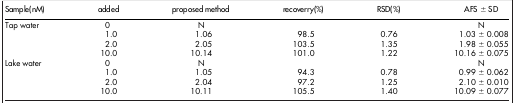
<table><thead><tr><td><b>Sample(nM)</b></td><td><b>added</b></td><td><b>proposed method</b></td><td><b>recoverry(%)</b></td><td><b>RSD(%)</b></td><td><b>AFS ± SD</b></td></tr></thead><tbody><tr><td>Tap water</td><td>0</td><td>N</td><td>[EMPTY_CELL]</td><td>[EMPTY_CELL]</td><td>N</td></tr><tr><td>[EMPTY_CELL]</td><td>1.0</td><td>1.06</td><td>98.5</td><td>0.76</td><td>1.03 ± 0.008</td></tr><tr><td>[EMPTY_CELL]</td><td>2.0</td><td>2.05</td><td>103.5</td><td>1.35</td><td>1.98 ± 0.055</td></tr><tr><td>[EMPTY_CELL]</td><td>10.0</td><td>10.14</td><td>101.0</td><td>1.22</td><td>10.16 ± 0.075</td></tr><tr><td>Lake water</td><td>0</td><td>N</td><td>[EMPTY_CELL]</td><td>[EMPTY_CELL]</td><td>N</td></tr><tr><td>[EMPTY_CELL]</td><td>1.0</td><td>1.05</td><td>94.3</td><td>0.78</td><td>0.99 ± 0.062</td></tr><tr><td>[EMPTY_CELL]</td><td>2.0</td><td>2.04</td><td>97.2</td><td>1.25</td><td>2.10 ± 0.010</td></tr><tr><td>[EMPTY_CELL]</td><td>10.0</td><td>10.11</td><td>105.5</td><td>1.40</td><td>10.09 ± 0.077</td></tr></tbody></table>